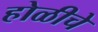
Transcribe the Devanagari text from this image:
होळीचे